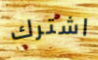
اشترك